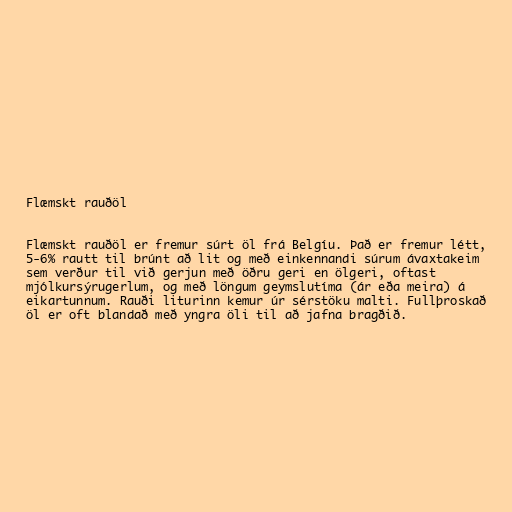
Flæmskt rauðöl

Flæmskt rauðöl er fremur súrt öl frá Belgíu. Það er fremur létt,
5-6% rautt til brúnt að lit og með einkennandi súrum ávaxtakeim
sem verður til við gerjun með öðru geri en ölgeri, oftast
mjólkursýrugerlum, og með löngum geymslutíma (ár eða meira) á
eikartunnum. Rauði liturinn kemur úr sérstöku malti. Fullþroskað
öl er oft blandað með yngra öli til að jafna bragðið.